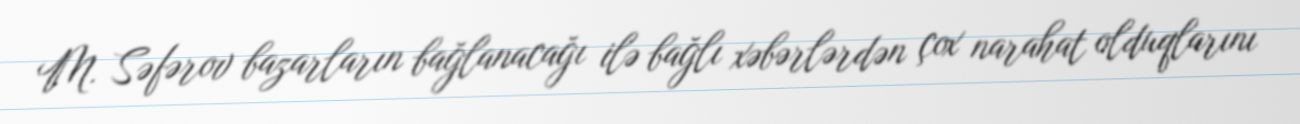
M. Səfərov bazarların bağlanacağı ilə bağlı xəbərlərdən çox narahat olduqlarını